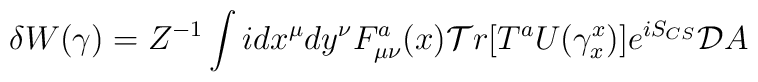
\delta W(\gamma) = Z^{-1} \int i d x^{\mu} dy^{\nu}F^{a}_{\mu\nu}(x){\cal T}r[T^aU(\gamma_{x}^{x})] e^{iS_{CS}}  {\cal D}A